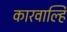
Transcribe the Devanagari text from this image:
कारवाल्हि